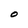
Character: O